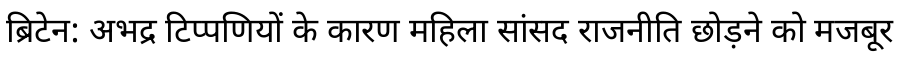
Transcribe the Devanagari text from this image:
ब्रिटेन: अभद्र टिप्पणियों के कारण महिला सांसद राजनीति छोड़ने को मजबूर